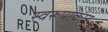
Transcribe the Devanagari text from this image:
स्वरूपाकार